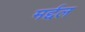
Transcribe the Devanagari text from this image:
मर्द्दल